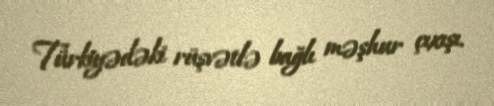
Türkiyədəki rüşvətlə bağlı məşhur çıxışı.